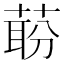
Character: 𬝝